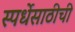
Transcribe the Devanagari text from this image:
स्पर्धेसाठीची